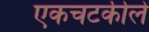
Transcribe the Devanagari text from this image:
एकचटकीले